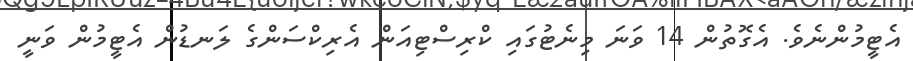
އެޓީމުންނެވެ. އެގޮތުން 14 ވަނަ މިނެޓުގައި ކްރިސްޓިއަން އެރިކްސަންގެ ލަނޑުން އެޓީމުން ވަނީ